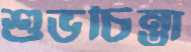
শুভচিন্তা